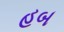
હબ